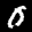
Label: 0